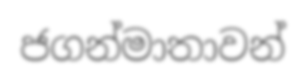
ජගන්මාතාවන්